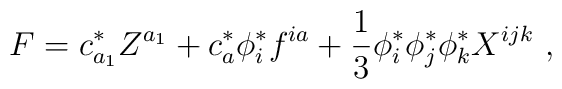
F=c^*_{a_1}Z^{a_1}+c^*_a\phi ^*_if^{ia}+\frac{1}{3}\phi ^*_i\phi ^*_j\phi^*_kX^{ijk}\ ,